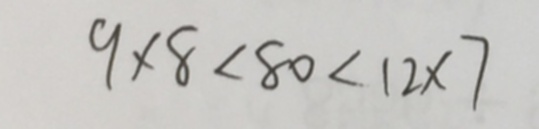
9 \times 8 < 8 0 < 1 2 \times 7